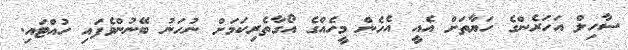
ސާހިލް އަހަރެންގެ ހަޔާތަށް އެއީ އެހެން މީހެއްގެ އޯގާތެރިކަމަށް ނުހަނު ބޭނުންވެފައި ހުއްޓައި.